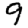
Digit: 9